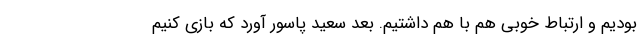
بودیم و ارتباط خوبی هم با هم داشتیم. بعد سعید پاسور آورد که بازی کنیم